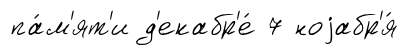
па́м'ят'и д'екабр'е́ 7 ноjабр'я́